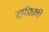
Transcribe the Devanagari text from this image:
रामोशांची